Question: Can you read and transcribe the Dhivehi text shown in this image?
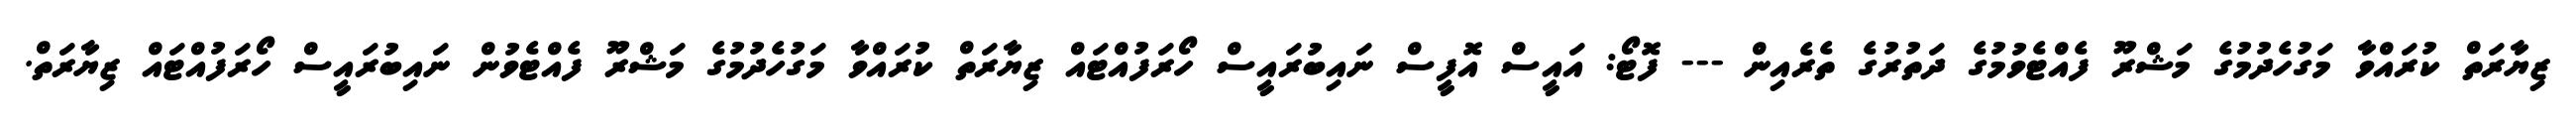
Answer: ޒިޔާރަތް ކުރައްވާ މަގުހެދުމުގެ މަޝްރޫ ފެއްޓެވުމުގެ ދަތުރުގެ ތެރެއިން --- ފޮޓޯ: އައީސް އޮފީސް ނައިބުރައީސް ހޯރަފުއްޓައް ޒިޔާރަތް ކުރައްވާ މަގުހެދުމުގެ މަޝްރޫ ފެއްޓެވުން ނައިބުރައީސް ހޯރަފުއްޓައް ޒިޔާރަތް.